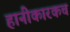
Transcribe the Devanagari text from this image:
हानीकारकच